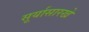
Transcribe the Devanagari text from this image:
सूर्यासारखे